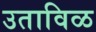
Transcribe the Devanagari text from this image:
उताविळ